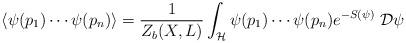
LaTeX: \begin{align*}\langle \psi(p_1) \cdots \psi(p_n) \rangle = \frac{1}{Z_b(X,L)} \int_\mathcal{H} \psi(p_1) \cdots \psi(p_n) e^{-S(\psi)} \; \mathcal{D} \psi\end{align*}